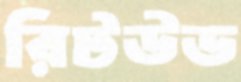
রিটউড